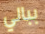
ببالي